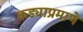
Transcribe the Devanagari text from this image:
कड्याप्रमाणे